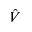
\hat { V }